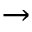
\rightarrow